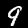
Digit: 9